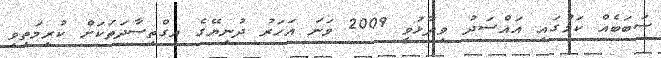
ސަބަބެއް ކަމުގައި އައްސަދު ވިދާޅުވީ 2009 ވަނަ އަހަރު ދުނިޔޭގެ އިގްތިސާދަތަކަށް ކުރިމަތިވި